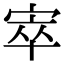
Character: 𡨧